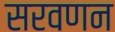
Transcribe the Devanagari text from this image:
सरवणन